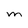
Character: M